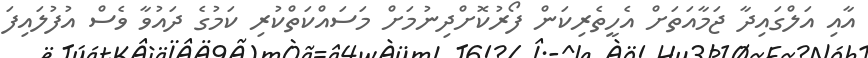
އާއި އަލްގައިދާ ޖަމާއަތަށް އެހީތެރިކަން ފޯރުކޮށްދިނުމަށް މަސައްކަތްކުރި ކަމުގެ ދައުވާ ވެސް އުފުލައިފަ